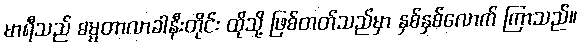
မာရီသည် ဓမ္မတာလာခါနီးတိုင်း ထိုသို့ ဖြစ်တတ်သည်မှာ နှစ်နှစ်လောက် ကြာသည်။